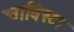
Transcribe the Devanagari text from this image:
चाविस्टा